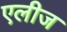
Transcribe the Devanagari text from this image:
एलीज